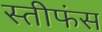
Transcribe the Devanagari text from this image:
स्तीफंस